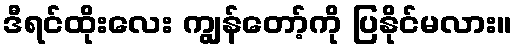
ဒီရင်ထိုးလေး ကျွန်တော့်ကို ပြနိုင်မလား။